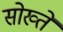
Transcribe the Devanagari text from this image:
सोख्ते